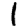
Digit: 1